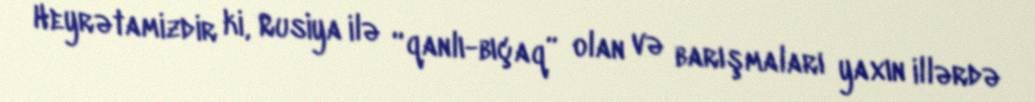
Heyrətamizdir ki, Rusiya ilə “qanlı-bıçaq” olan və barışmaları yaxın illərdə